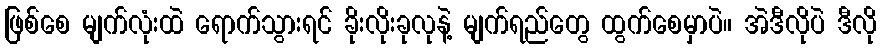
ဖြစ်စေ မျက်လုံးထဲ ရောက်သွားရင် ခိုးလိုးခုလုနဲ့ မျက်ရည်တွေ ထွက်စေမှာပဲ။ အဲဒီလိုပဲ ဒီလို